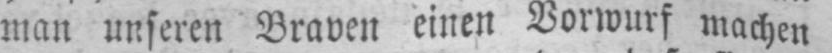
man unseren Braven einen Vorwurf machen